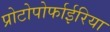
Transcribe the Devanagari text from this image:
प्रोटोपोर्फाईरिया